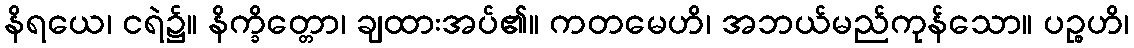
နိရယေ၊ ငရဲ၌။ နိက္ခိတ္တော၊ ချထားအပ်၏။ ကတမေဟိ၊ အဘယ်မည်ကုန်သော။ ပဉ္စဟိ၊